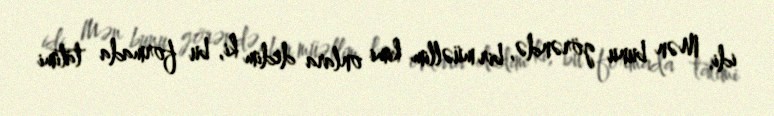
idi. Mən bunu görəndə, bir müəllim kimi onlara dedim ki, bu formada tatimi